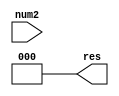
// ??????? 3 - ????????
`timescale 1ns / 100ps

//=========== LOG2 ===========
module log2 (
	input [7:0] num2,
	output [2:0] res
);

assign res = {
	1'b0,
	1'b0,
	1'b0
};

assign res = num2[0]*3'b000 +
 num2[1]*3'b001 +
 num2[2]*3'b010 +
 num2[3]*3'b011 +
 num2[4]*3'b100 +
 num2[5]*3'b101 +
 num2[6]*3'b110 +
 num2[7]*3'b111;

//while ( ~num2[0] ) begin
//	num2 = num2 >> 1;
//	res = res + 3'b001;
//end

endmodule

//=============== TOP ===========
module top;

reg [7:0] data;
wire [2:0] answ;

log2 log2_in(
	.num2(data),
	.res(answ)
);

initial begin
	data = 8'b00000001;
	#10
	$display("data = %b", data);
	$display("data[int] = %d", data);
	$display("answ = %b", answ);
	$display("---------------");

	data = 8'b00000010;
	#10
	$display("data = %b", data);
	$display("data[int] = %d", data);
	$display("answ = %b", answ);
	$display("---------------");

	data = 8'b00000100;
	#10
	$display("data = %b", data);
	$display("data[int] = %d", data);
	$display("answ = %b", answ);
	$display("---------------");

	data = 8'b00001000;
	#10
	$display("data = %b", data);
	$display("data[int] = %d", data);
	$display("answ = %b", answ);
	$display("---------------");

	data = 8'b00010000;
	#10
	$display("data = %b", data);
	$display("data[int] = %d", data);
	$display("answ = %b", answ);
	$display("---------------");

	data = 8'b00100000;
	#10
	$display("data = %b", data);
	$display("data[int] = %d", data);
	$display("answ = %b", answ);
	$display("---------------");


end

endmodule